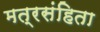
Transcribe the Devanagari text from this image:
मत्रसंहिता